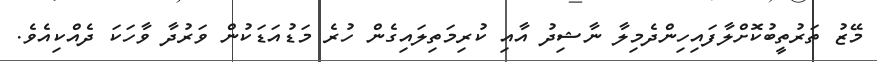
މޭޒު ތަރުތީބުކޮށްލާފައިހިންދެމިލާ ނާޝިދު އާއި ކުރިމަތިލައިގެން ހުރެ މަޑުއަޑަކުން ވަރުދާ ވާހަކަ ދެއްކިއެވެ.